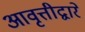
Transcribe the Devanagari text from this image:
आवृत्तीद्वारे